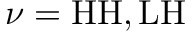
\nu = \mathrm { H H , L H }